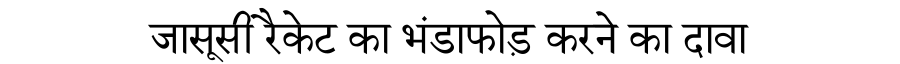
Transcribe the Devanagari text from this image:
जासूसी रैकेट का भंडाफोड़ करने का दावा